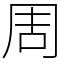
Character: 周